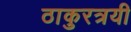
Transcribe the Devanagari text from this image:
ठाकुरत्रयी